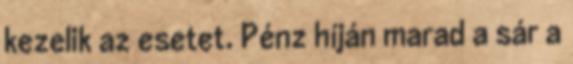
kezelik az esetet. Pénz híján marad a sár a